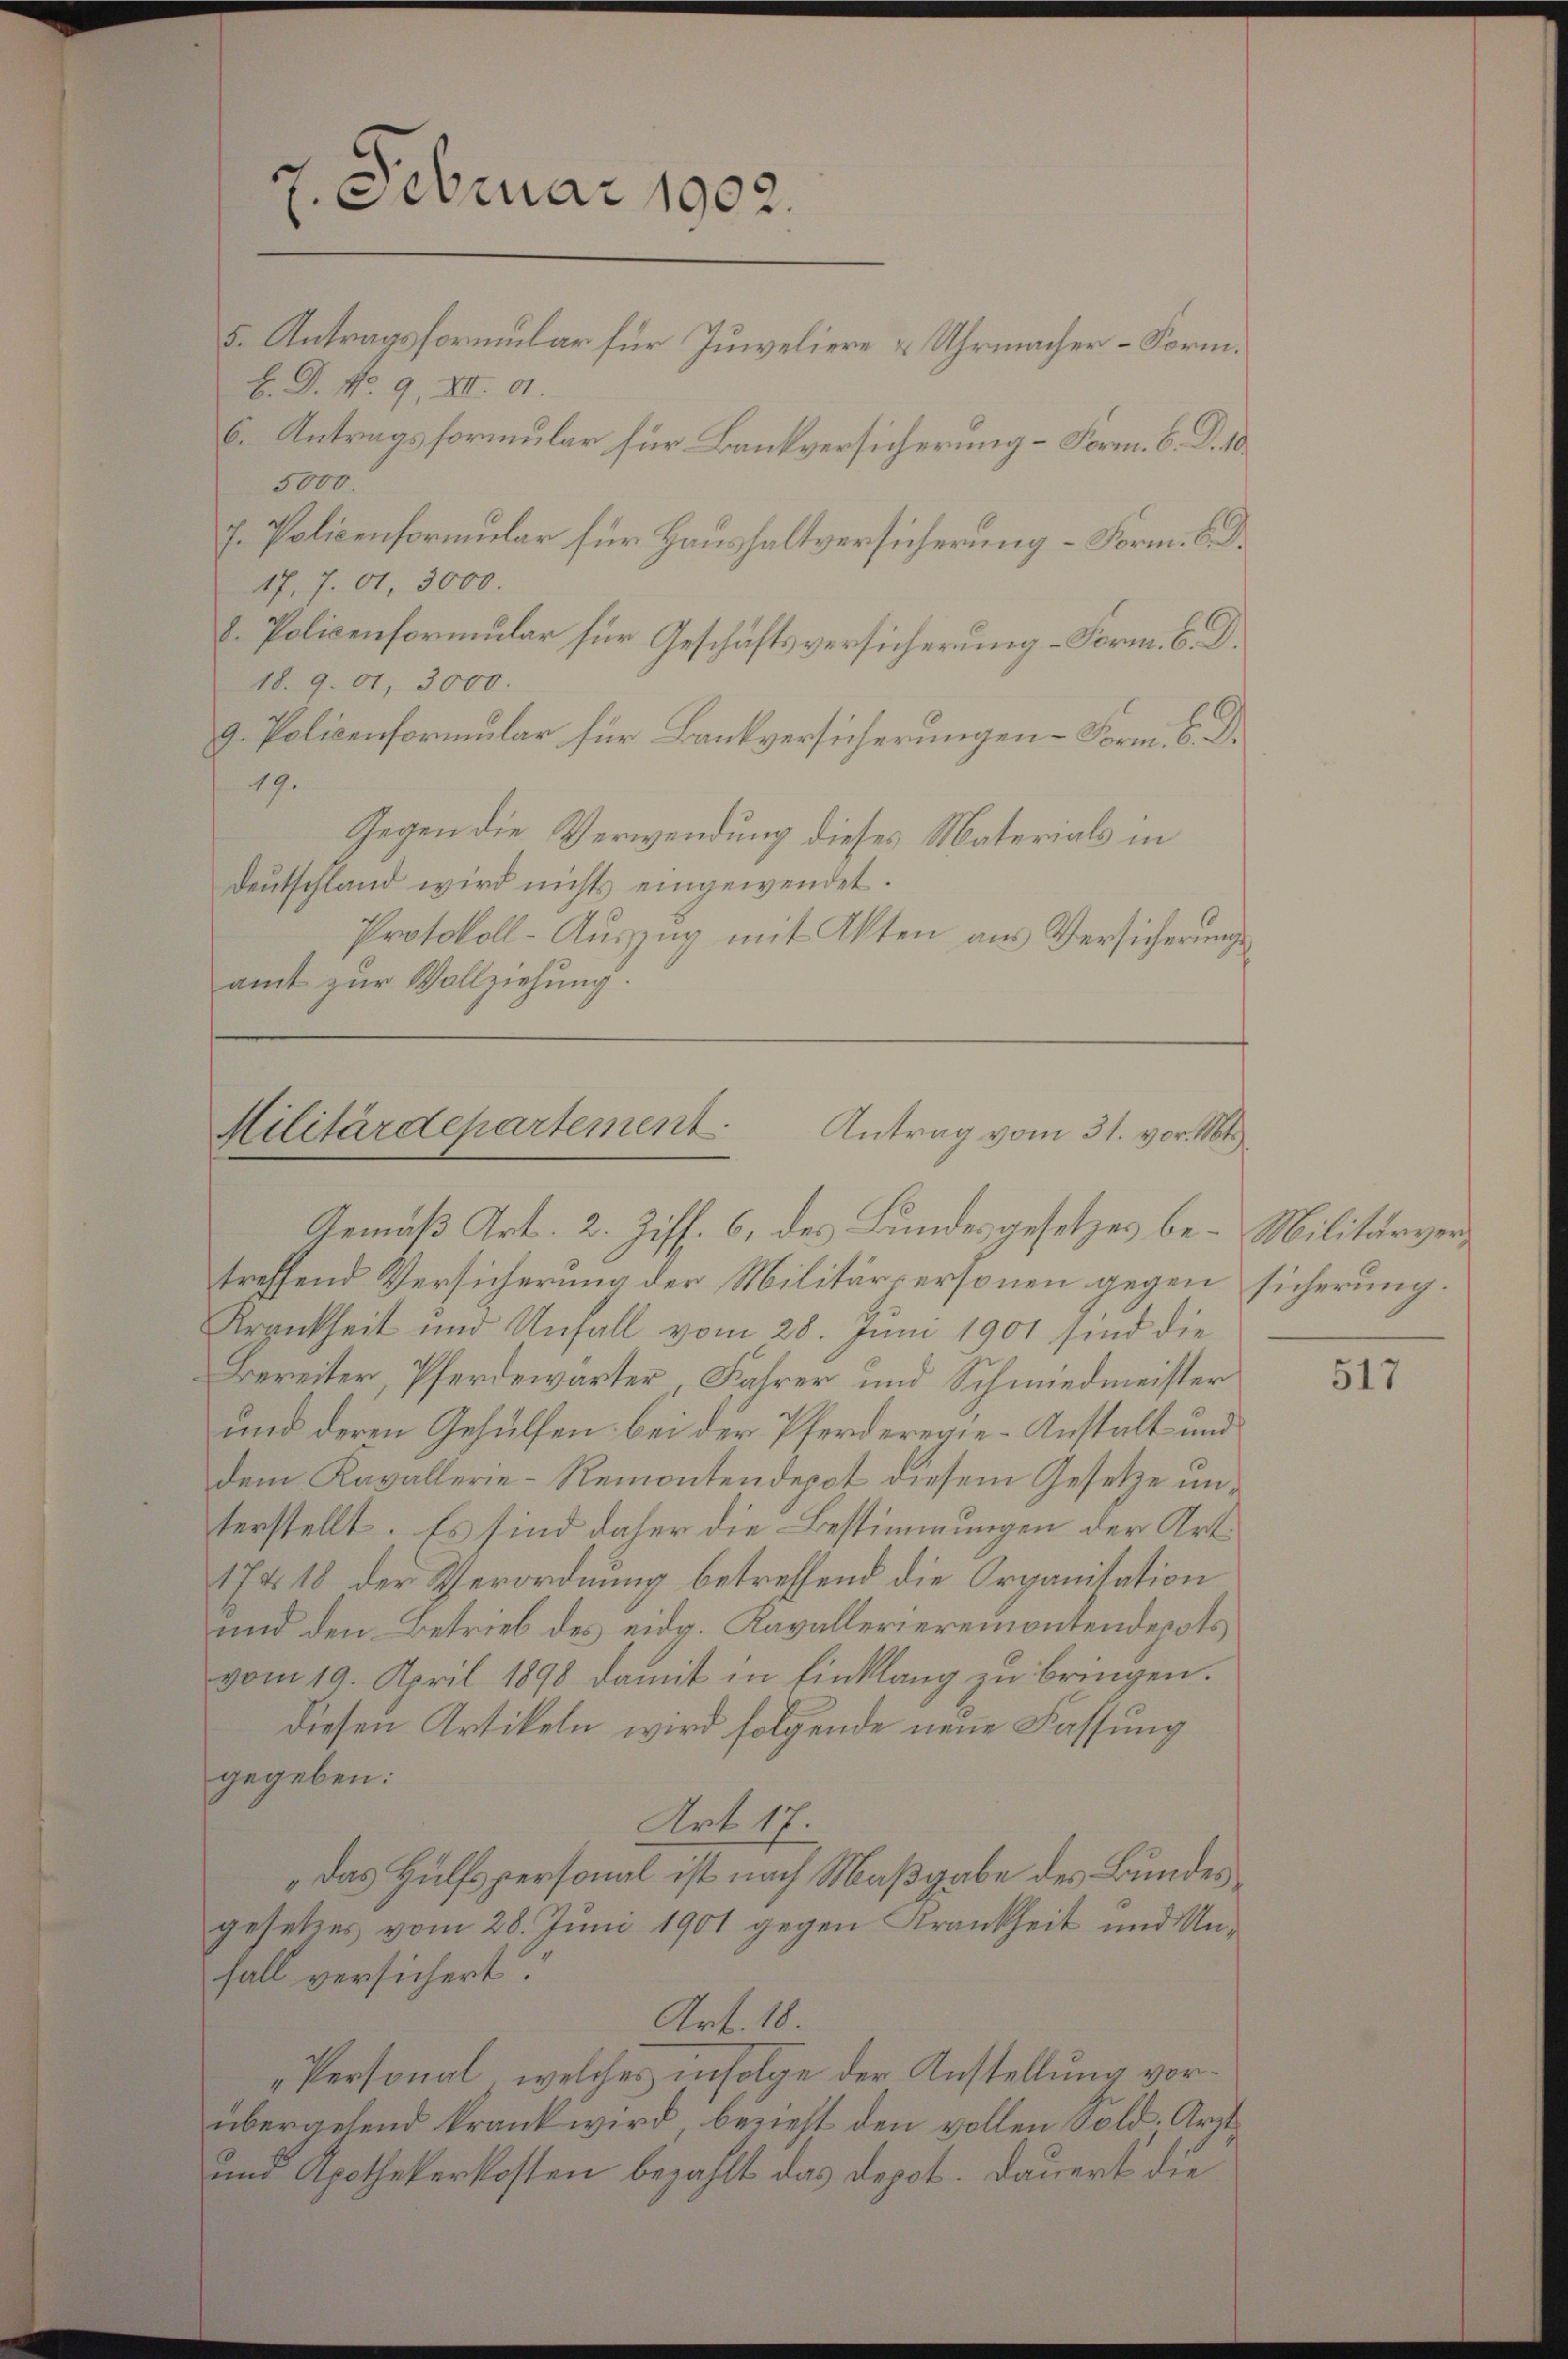
7. Februar 1902.
5. Antragsformular für Juweliere & Uhrmacher-Form.

H. D. No. 9. XII. 91.
6. Antragsformular für Bankversicherung – Form. 6. d. 10
5000.
J. Policenformular für Haushaltversicherung – Form. D. R
17.7. 61. 3000.
18.9.01. 3000.
g. Policenformular für Bankversicherungen Form. C. D.
19.
Gegen die Verwendung dieses Materials in
Deutschland wird nichts eingewendet.
Protokoll-Auszug mit Akten aus Versicherungsamt zur Vollziehung.

8. Policenformular für Geschäftsversicherung - Form. 6. D.

Militärdepartement. Antrag vom 31. vor. Mts.

Gemäß Art. 2. Ziff. 6, des Bundesgesetzes be- Militärvertreffend Versicherung der Militärpersonen gegen
Krankheit und Unfall vom 28. Juni 1901 sind die
Bereiter, Pferdewarter Fahrer und Schmiedmeister
und deren Gehülfen bei der Pferderegie-Anstalt und
dem Kavallerie-Remontendepot diesem Gesetze unterstellt. Es sind daher die Bestimmungen der Art.
17 18 der Verordnung betreffend die Organisation
und den Betrieb des eidg. Kavallerieremontendepots
vom 19. April 1898 damit in Einklang zu bringen.
diesen Artikeln wird folgende neue Fassung
gegeben:
Art 17.
„das Hülfspersonal ist nach Maßgabe des Bundes
gesetzes vom 28. Juni 1901 gegen Krankheit und Unfall versichert:
Art. 18.
„Personal, welches infolge der Anstellung vorübergehend krank wird, berieht den vollen Sold. Arzt¬
und Apothekerkosten bezahlt das Depot. Dauert die

sicherung.

517